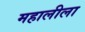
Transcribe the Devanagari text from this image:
महालीला